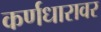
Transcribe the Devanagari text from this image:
कर्णधारावर